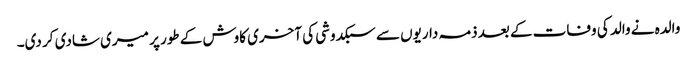
والدہ نے والد کی وفات کے بعد ذمہ داریوں سے سبکدوشی کی آخری کاوش کے طور پر میری شادی کر دی۔